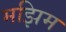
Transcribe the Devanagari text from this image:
मझिम